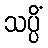
သပ္ပိံ